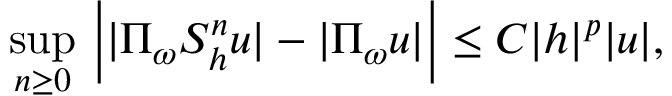
\operatorname* { s u p } _ { n \geq 0 } \, \Big | | \Pi _ { \omega } S _ { h } ^ { n } u | - | \Pi _ { \omega } u | \Big | \leq C | h | ^ { p } | u | ,